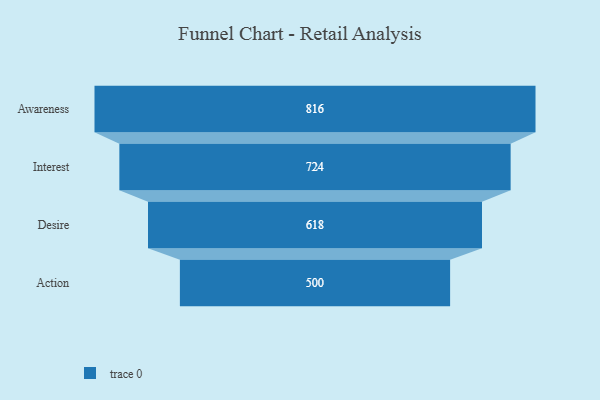
{"axis": {"x": "Stage", "y": "Value"}, "legend": [""], "data": [{"x": "Awareness", "y": 816.0, "type": ""}, {"x": "Interest", "y": 724.0, "type": ""}, {"x": "Desire", "y": 618.0, "type": ""}, {"x": "Action", "y": 500, "type": ""}]}